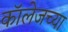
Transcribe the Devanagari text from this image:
काॅलेजच्या